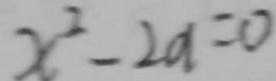
x ^ { 2 } - 2 a = 0